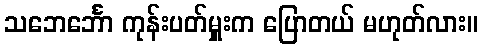
သဘေင်္ဘော ကုန်းပတ်မှူးက ပြောတယ် မဟုတ်လား။